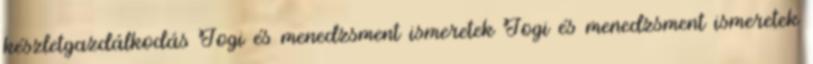
készletgazdálkodás Jogi és menedzsment ismeretek Jogi és menedzsment ismeretek